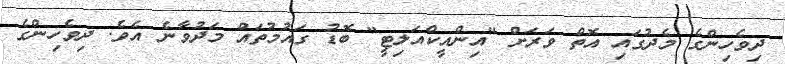
ދިވެހިންގެ މެދުގައި އޮތް ވަރަށް "އިންއީކްއަލިޓީ" ބޮޑު ގައުމުތައް މަދުވާނެ އެވެ. ދިވެހިންގެ